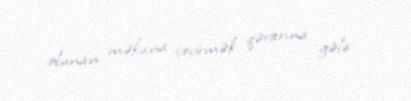
olunan məkana çevirmək qərarına gəlir.